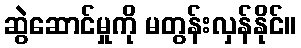
ဆွဲဆောင်မှုကို မတွန်းလှန်နိုင်။